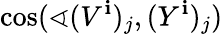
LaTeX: \cos(\sphericalangle(V^{\mathbf{i}})_{j},(Y^{\mathbf{i}})_{j})